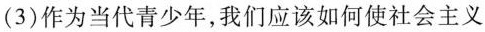
(3)作为当代青少年，我们应该如何使社会主义